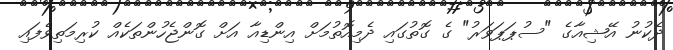
ދެކުނު އޭޝިއާގެ "ސުޕަޕަވަރު" ގެ ގޮތުގައި ދެމިއޮތުމަށް އިންޑިއާ އަށް ގޮންޖެހުންތަކެއް ކުރިމަތިވެފައި